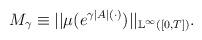
LaTeX: \begin{align*}M_\gamma \equiv ||\mu(e^{\gamma |A|(\cdot)})||_{\mathbb L^\infty([0,T])}.\end{align*}